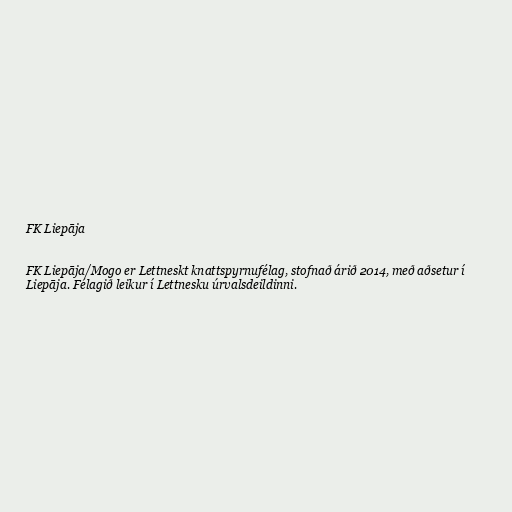
FK Liepāja

FK Liepāja/Mogo er Lettneskt knattspyrnufélag, stofnað árið 2014, með aðsetur í
Liepāja. Félagið leikur í Lettnesku úrvalsdeildinni.